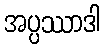
အပ္ပဿာဒါ